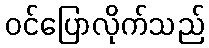
ဝင်ပြောလိုက်သည်